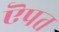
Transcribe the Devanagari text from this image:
ऎपत